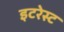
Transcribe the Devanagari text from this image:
इटरेस्‍ट